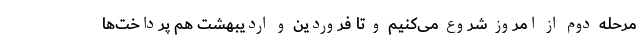
مرحله دوم از امروز شروع می‌کنیم و تا فروردین و اردیبهشت هم پرداخت‌ها